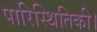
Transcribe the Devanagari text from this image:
पारिस्थितिकी।